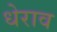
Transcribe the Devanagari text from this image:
धेराव